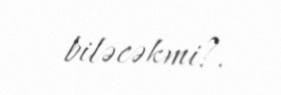
biləcəkmi?.